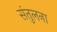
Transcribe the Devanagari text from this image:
संतुलना